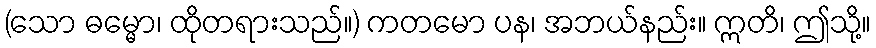
(သော ဓမ္မော၊ ထိုတရားသည်။) ကတမော ပန၊ အဘယ်နည်း။ ဣတိ၊ ဤသို့။